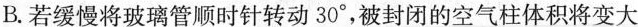
B.若缓慢将玻璃管顺时针转动30°，被封闭的空气柱体积将变大